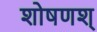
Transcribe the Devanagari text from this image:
शोषणश्